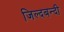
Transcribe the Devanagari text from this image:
जिल्दबन्दी